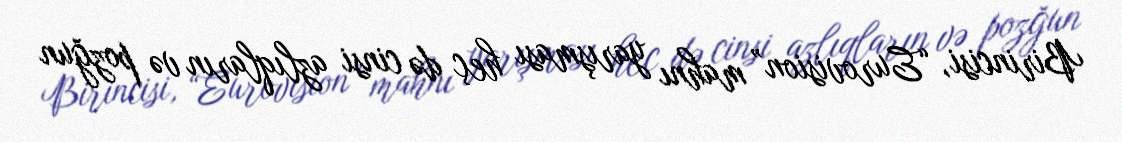
Birincisi, “Eurovision” mahnı yarışması heç də cinsi azlıqların və pozğun